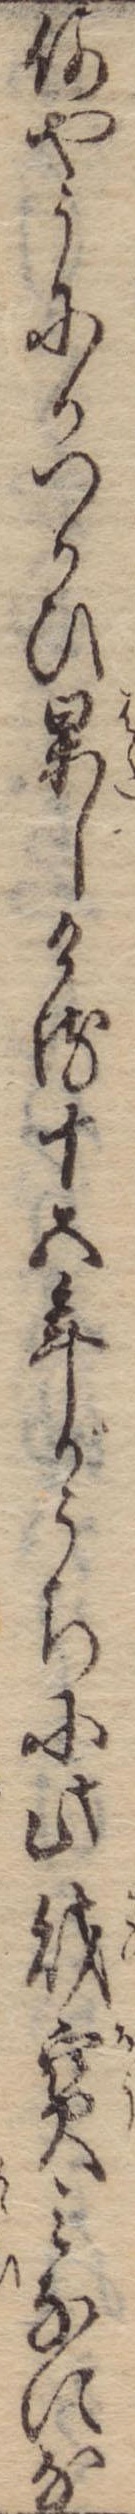
何やうにかつかひ果しける十五年がうちに此財宝みなにな